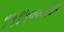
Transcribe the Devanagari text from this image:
९५९५००८८४४